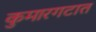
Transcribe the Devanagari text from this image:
कुमारगटात